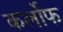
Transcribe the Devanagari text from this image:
कर्लोफ